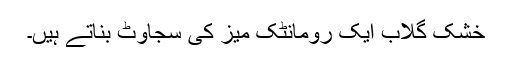
خشک گلاب ایک رومانٹک میز کی سجاوٹ بناتے ہیں۔